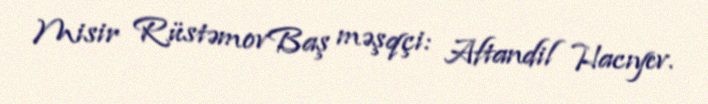
Misir RüstəmovBaş məşqçi: Aftandil Hacıyev.